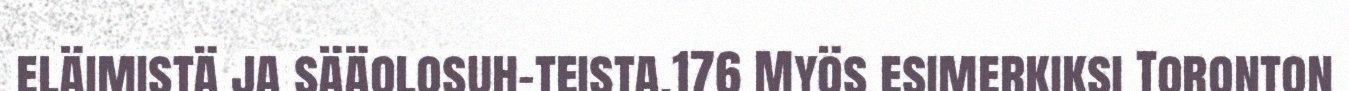
eläimistä ja sääolosuh-teista.176 Myös esimerkiksi Toronton